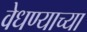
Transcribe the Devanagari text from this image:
वेधण्याच्या